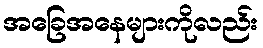
အခြေအနေများကိုလည်း